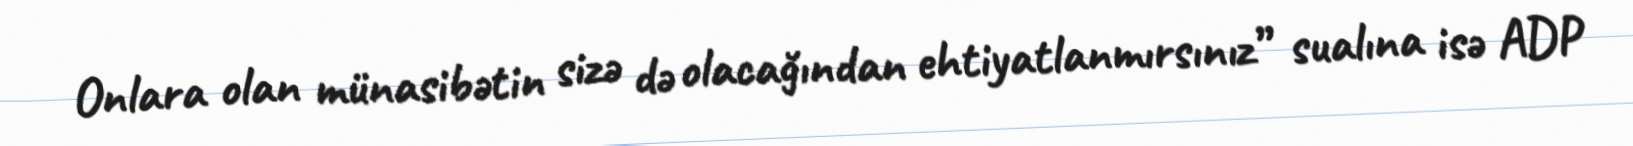
Onlara olan münasibətin sizə də olacağından ehtiyatlanmırsınız” sualına isə ADP